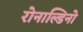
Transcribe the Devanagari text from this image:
रोनाल्डिनो